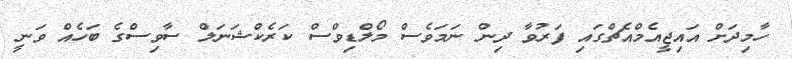
ހާމިދަށް އައިޖީއެމްއެޗްގައި ފަރުވާ ދިން ނަމަވެސް މޯލްޑިވްސް ކަރެކްޝަނަލް ސާވިސްގެ ބަހެއް ވަނީ